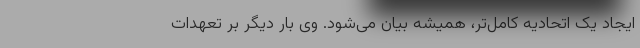
ایجاد یک اتحادیه کامل‌تر، همیشه بیان می‌شود. وی بار دیگر بر تعهدات